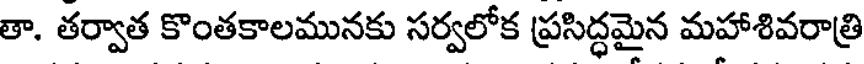
తా. తర్వాత కొంతకాలమునకు సర్వలోక ప్రసిద్ధమైన మహాశివరాత్రి